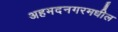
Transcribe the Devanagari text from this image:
अहमदनगरमधील